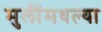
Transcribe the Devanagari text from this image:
मुलींमधल्या